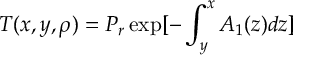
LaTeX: T ( x , y , \rho ) = P _ { r } \exp [ - \int _ { y } ^ { x } A _ { 1 } ( z ) d z ]